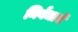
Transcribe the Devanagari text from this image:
निर्बंधाचें